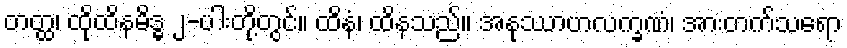
တတ္ထ၊ ထိုထိနမိဒ္ဓ ၂-ပါးတို့တွင်။ ထိနံ၊ ထိနသည်။ အနုဿာဟလက္ခဏံ၊ အားတက်သရော